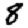
Digit: 8